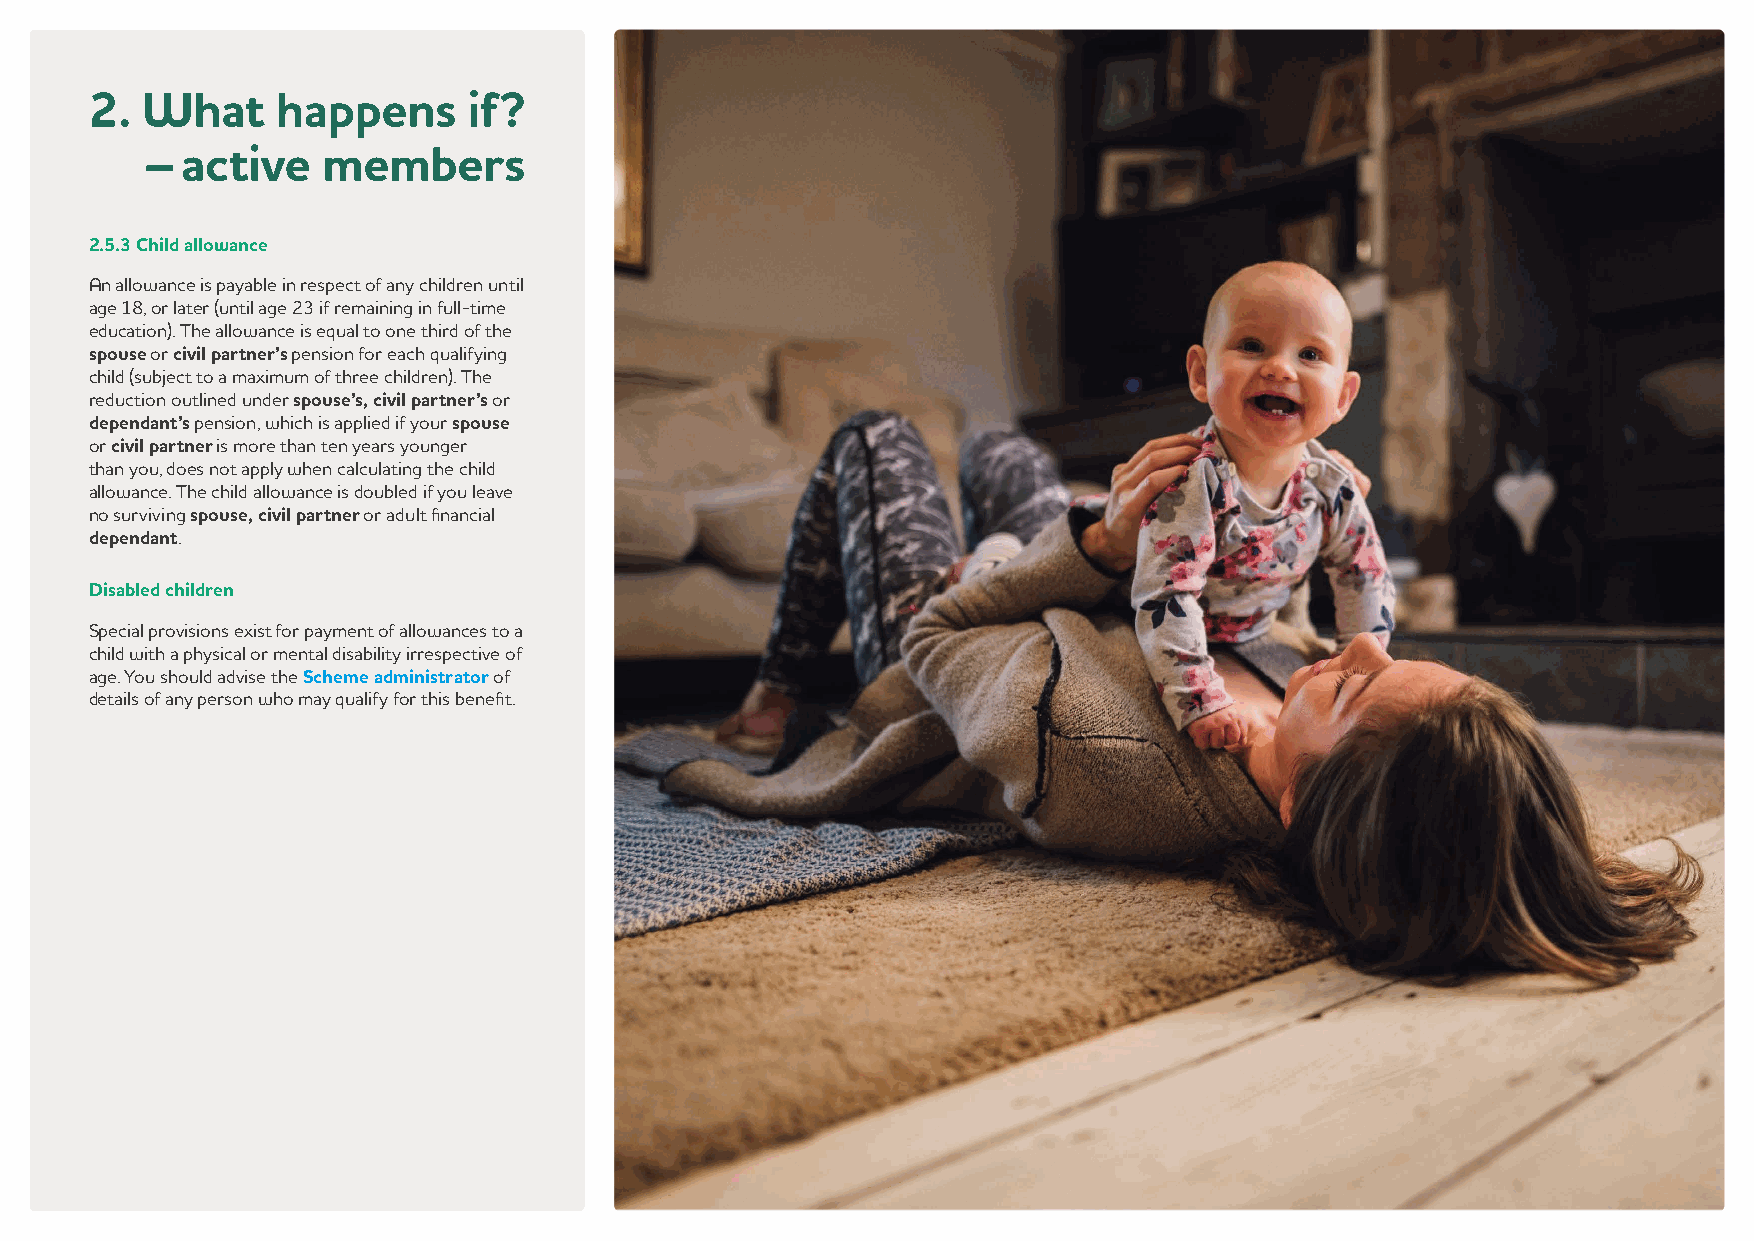
2. W   hat  happens      if?
 –  active   members
 2.5.3 Child allowance
 An allowance is payable in respect of any children until
 age 18, or later (until age 23 if remaining in full-time
 education). The allowance is equal to one third of the
 spouse or civil partner’s pension for each qualifying
 child (subject to a maximum of three children). The
 reduction outlined under spouse’s, civil partner’s or
 dependant’s pension, which is applied if your spouse
 or civil partner is more than ten years younger
 than you, does not apply when calculating the child
 allowance. The child allowance is doubled if you leave
 no surviving spouse, civil partner or adult financial
 dependant.
 Disabled children
 Special provisions exist for payment of allowances to a
 child with a physical or mental disability irrespective of
 age. You should advise the Scheme administrator of
 details of any person who may qualify for this benefit.